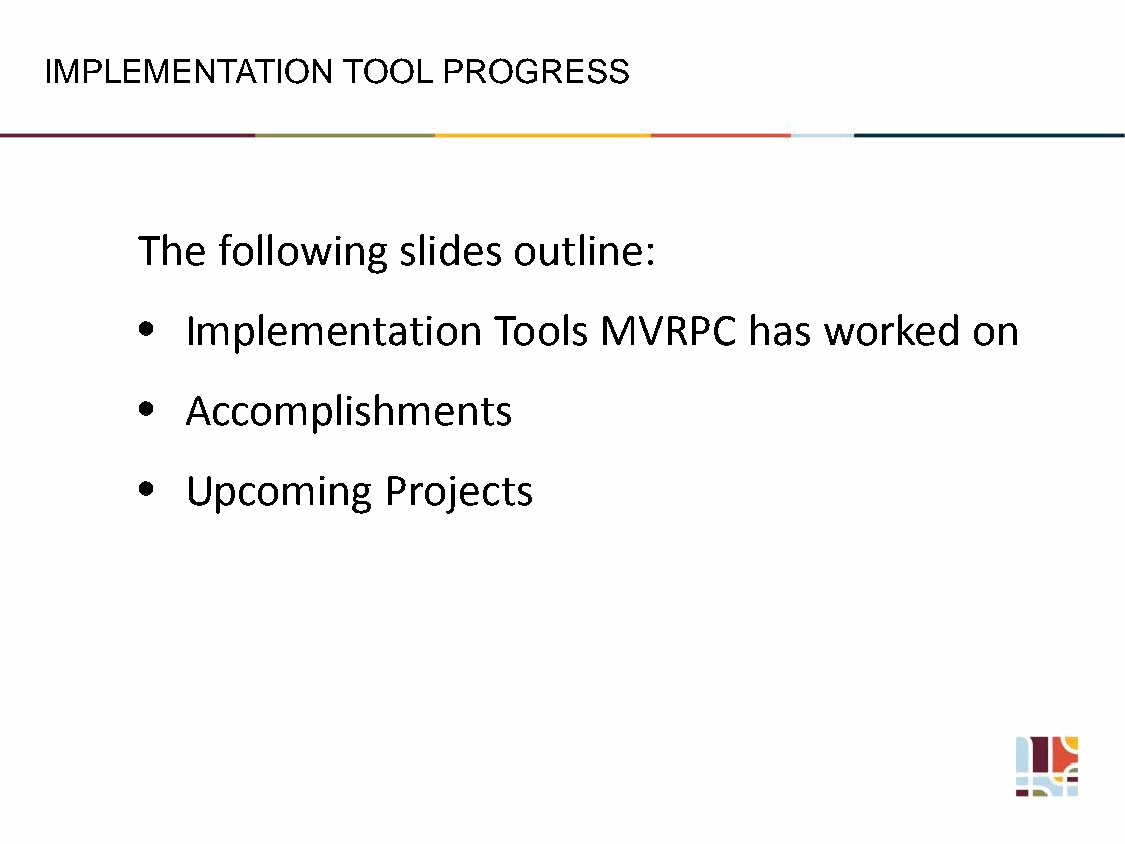
IMPLEMENTATION      TOOL  PROGRESS
 The  following   slides  outline:
 •  Implementation       Tools  MVRPC     has worked    on
 •  Accomplishments
 •  Upcoming     Projects